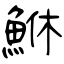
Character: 鮴